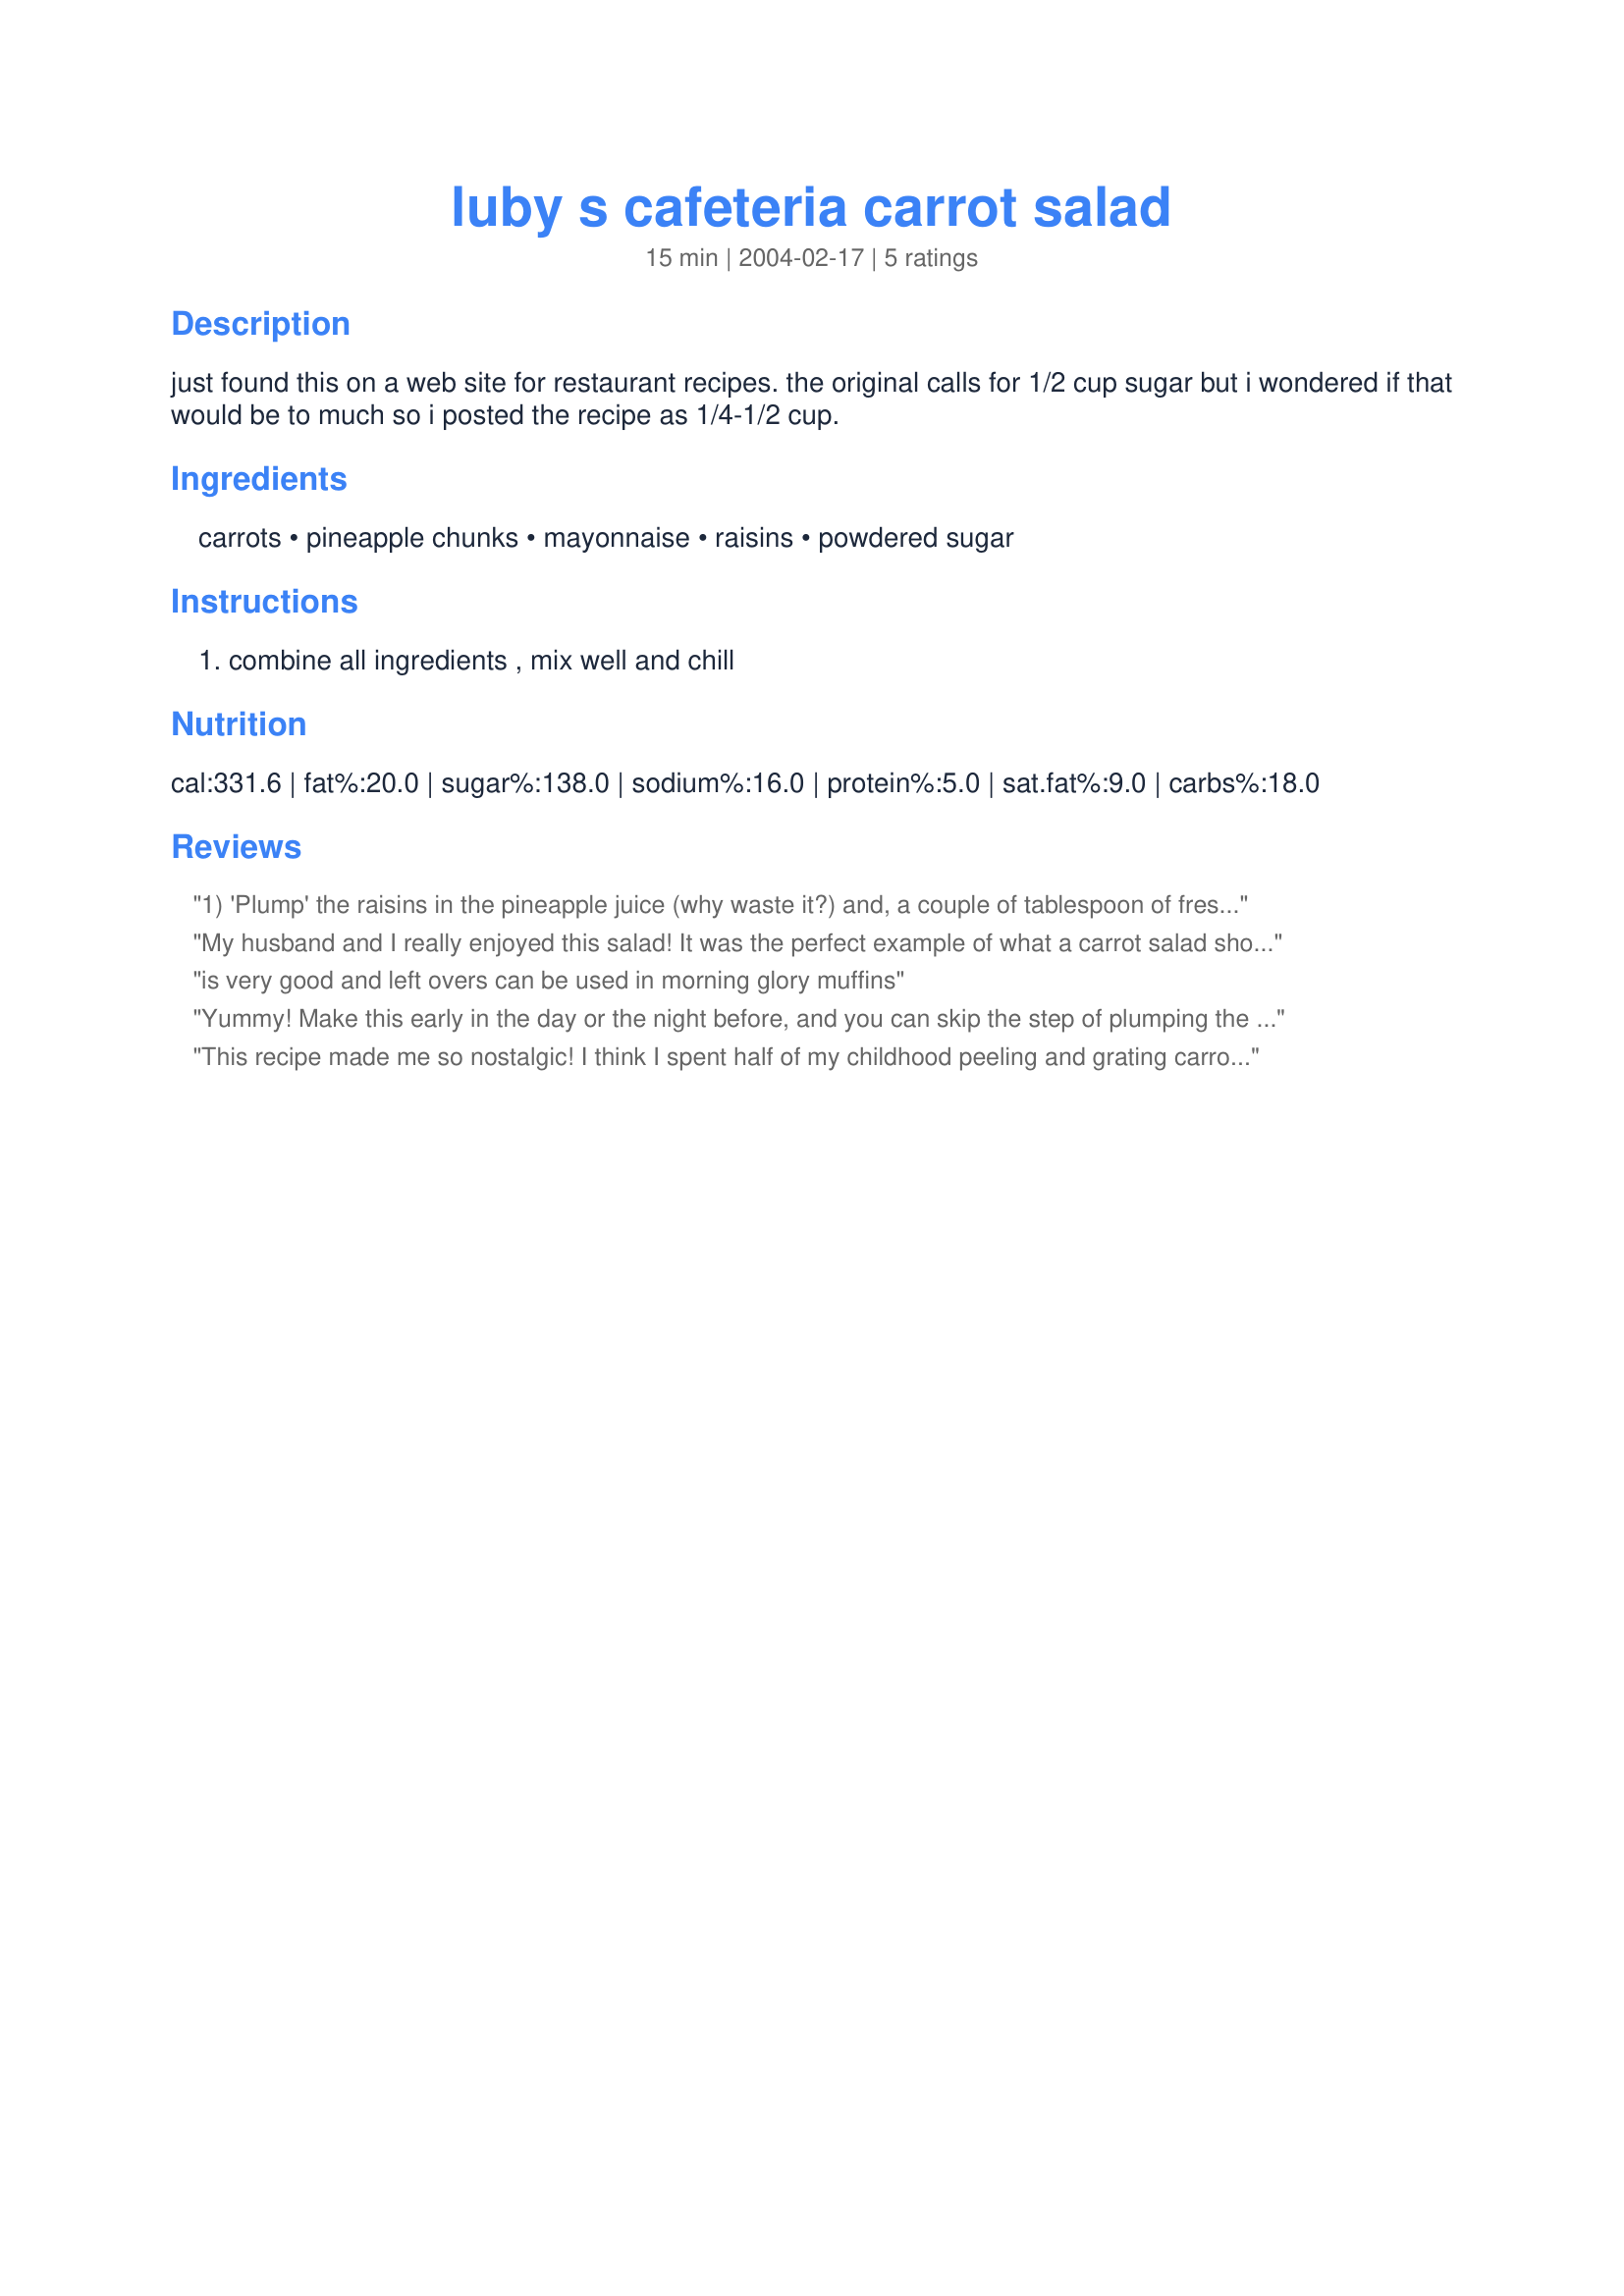
luby s cafeteria carrot salad
Preparation time: 15 minutes

just found this on a web site for restaurant recipes. the original calls for 1/2 cup sugar but i wondered if that would be to much so i posted the recipe as 1/4-1/2 cup.

Ingredients:
carrots, pineapple chunks, mayonnaise, raisins, powdered sugar

Steps:
combine all ingredients , mix well and chill

Reviews:
1) 'Plump' the raisins in the pineapple juice (why waste it?) and, a couple of tablespoon of fresh orange juice and zest does add some real bang! 2) Cut the carrots into 'logs' that will drop into the feed tube of your food processor (like you would stack logs). Press firmly for a thicker shred, press lightly for a thinner... 3) If you are making a big batch, drain the carrot shreds in a colander. This will reduce the 'watery' problem with the dressing. 4) Fat-free yogurt used with half the mayo really lightens and freshens the whole thing up! IMHO-chill and store for 24 hours. (These tips work equally well with plain ol' cabbage and whatnot in your favorite cole slaw!
My husband and I really enjoyed this salad! It was the perfect example of what a carrot salad should be. It was not swimming in mayonaise, but was just perfectly moistened. The powdered sugar really gave the mayonaise a nice texture and just the right amount of sweetness. The raisins plump by themselves with full flavor, upon sitting in the salad awhile in the refridgerator, without the extra effort of plumping the raisins and diluting their flavor. We did use light mayonaise which worked just fine for us, the 1/2 cup of powdered sugar, and pineapple tidbits. In future sometime, for added nutrition and flavor, I plan on trying fresh pineapple, as I have always prefered fresh fruit to canned. And may sometime try apple chunks and pecans or walnut bits for a variation. But as I already stated, this was the perfect basic carrot salad. If a good, simple carrot salad is what you are looking for, you have found it. Thank you so much for sharing this recipe!
is very good and left overs can be used in morning glory muffins
Yummy! Make this early in the day or the night before, and you can skip the step of plumping the raisins. Used light mayo and 1/2 cup powdered sugar. Thanks for sharing the recipe!
This recipe made me so nostalgic! I think I spent half of my childhood peeling and grating carrots for Carrot-Raisin Salad ;). But I don't remember it tasting this good...must be the 1/2 cup of powdered sugar. I used 3 10-ounce bags of shredded carrots and garnished with marischino cherries. I took it to a potluck at work, and it was one of the first things to go.
